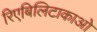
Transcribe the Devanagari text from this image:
रिएबिलिटाकाओ